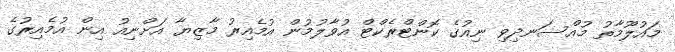
މައުލޫމާތު މުއްސަނދިވި ނިއުގެ ކޮންޓްރެކްޓް އުވާލުމުން އުމެެއިރު މާޒިޔާ އަށްނިއު އިން އުމެއިރުގެ